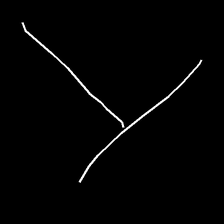
Glyph: column